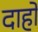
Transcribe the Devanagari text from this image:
दाहो